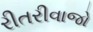
રીતરીવાજો